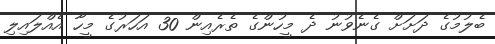
ބެލުމުގެ ދަށަށް ގެނެވުނު ދެ މީހުންގެ ތެރެއިން 30 އަހަރުގެ މީހާ އެއްލައިލި